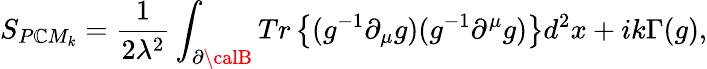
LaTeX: S_{P\mathbb{C}M_{k}}=\frac{{1}}{{2\lambda^{2}}}\int_{\partial{\calB}}Tr\left\{ (g^{-1}\partial_{\mu}g)(g^{-1}\partial^{\mu}g)\right\} d^{2}x+ik\Gamma(g),